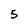
Character: 5